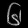
Digit: ၆